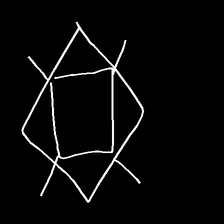
Glyph: light